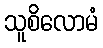
သူစိလောမံ